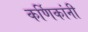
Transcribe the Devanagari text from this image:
कर्णिकांनी